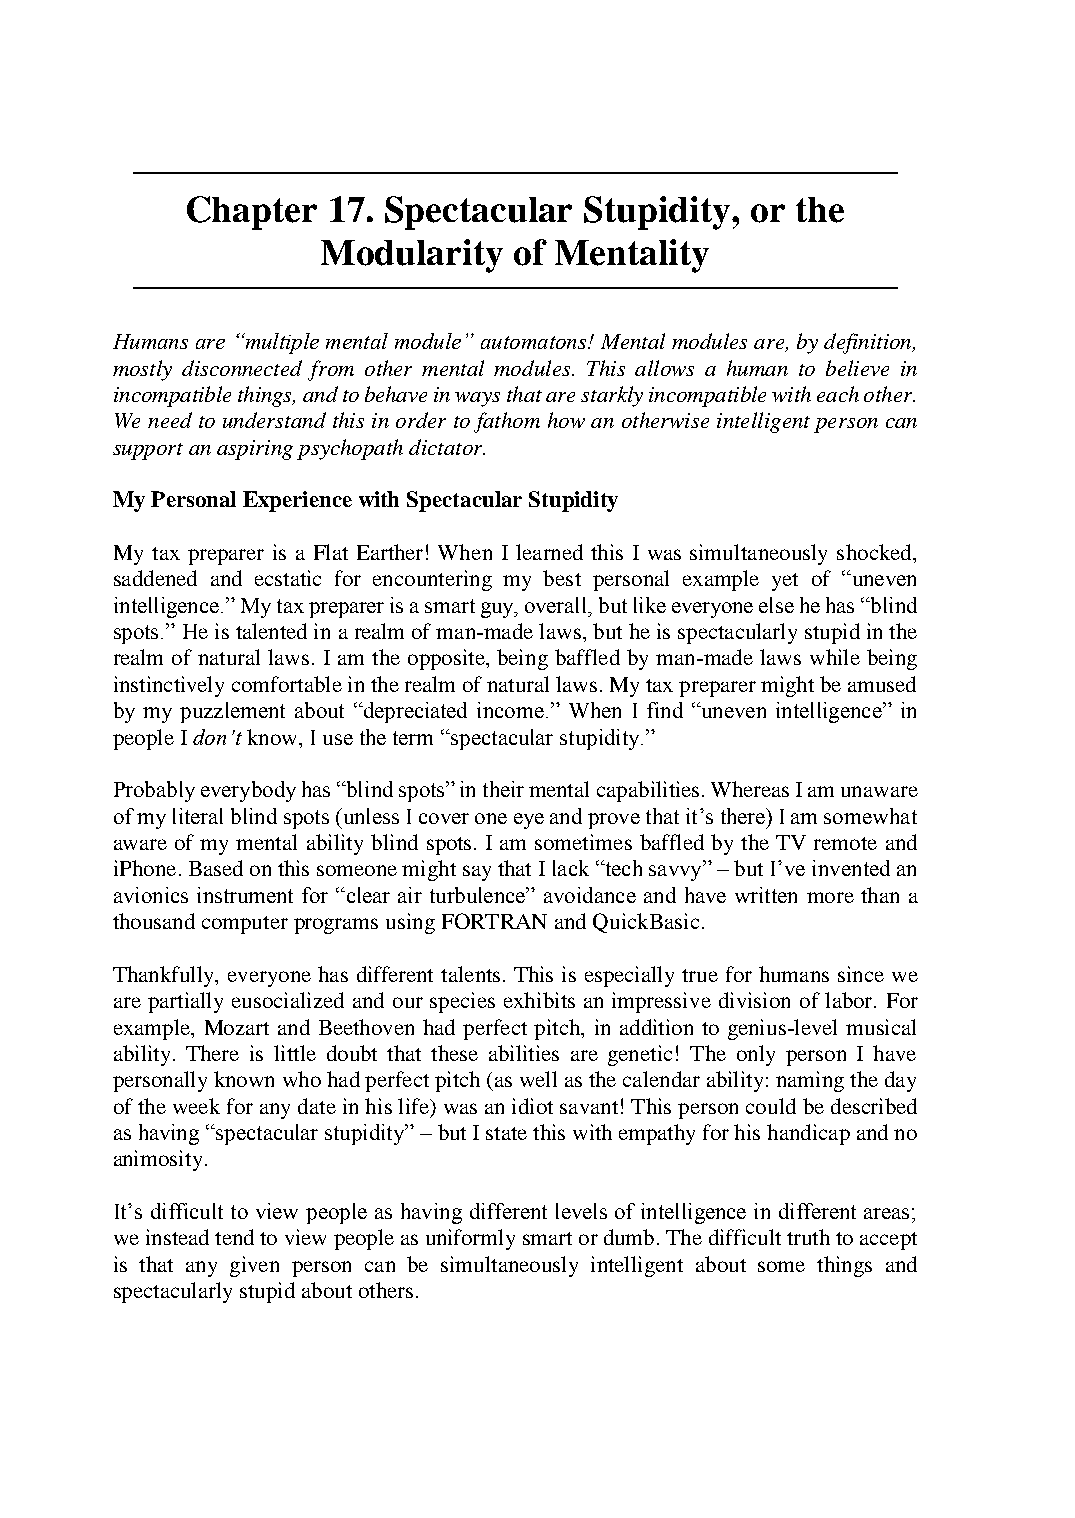
───────────────────────────────────────────────────
 Chapter   17. Spectacular  Stupidity, or the
 Modularity   of Mentality
 ───────────────────────────────────────────────────
 Humans are “multiple mental module” automatons! Mental modules are, by definition,
 mostly disconnected from other mental modules. This allows a human to believe in
 incompatible things, and to behave in ways that are starkly incompatible with each other.
 We need to understand this in order to fathom how an otherwise intelligent person can
 support an aspiring psychopath dictator.
 My Personal Experience with Spectacular Stupidity
 My tax preparer is a Flat Earther! When I learned this I was simultaneously shocked,
 saddened and ecstatic for encountering my best personal example yet of “uneven
 intelligence.” My tax preparer is a smart guy, overall, but like everyone else he has “blind
 spots.” He is talented in a realm of man-made laws, but he is spectacularly stupid in the
 realm of natural laws. I am the opposite, being baffled by man-made laws while being
 instinctively comfortable in the realm of natural laws. My tax preparer might be amused
 by my puzzlement about “depreciated income.” When I find “uneven intelligence” in
 people I don’t know, I use the term “spectacular stupidity.”
 Probably everybody has “blind spots” in their mental capabilities. Whereas I am unaware
 of my literal blind spots (unless I cover one eye and prove that it’s there) I am somewhat
 aware of my mental ability blind spots. I am sometimes baffled by the TV remote and
 iPhone. Based on this someone might say that I lack “tech savvy” – but I’ve invented an
 avionics instrument for “clear air turbulence” avoidance and have written more than a
 thousand computer programs using FORTRAN and QuickBasic.
 Thankfully, everyone has different talents. This is especially true for humans since we
 are partially eusocialized and our species exhibits an impressive division of labor. For
 example, Mozart and Beethoven had perfect pitch, in addition to genius-level musical
 ability. There is little doubt that these abilities are genetic! The only person I have
 personally known who had perfect pitch (as well as the calendar ability: naming the day
 of the week for any date in his life) was an idiot savant! This person could be described
 as having “spectacular stupidity” – but I state this with empathy for his handicap and no
 animosity.
 It’s difficult to view people as having different levels of intelligence in different areas;
 we instead tend to view people as uniformly smart or dumb. The difficult truth to accept
 is that any given person can be simultaneously intelligent about some things and
 spectacularly stupid about others.